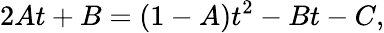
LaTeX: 2At+B=(1-A)t^{2}-Bt-C,